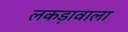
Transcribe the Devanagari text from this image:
लकड़ावाला